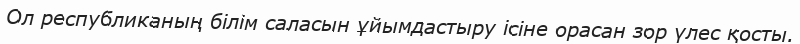
Ол республиканың білім саласын ұйымдастыру ісіне орасан зор үлес қосты.